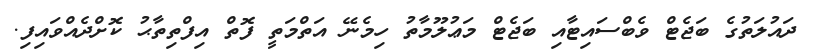
ދައުލަތުގެ ބަޖެޓް ވެބްސައިޓާއި ބަޖެޓް މަޢުލޫމާތު ހިމެނޭ އަތްމަތީ ފޮތް އިފްތިތާޙު ކޮށްދެއްވައިފި.